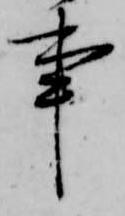
事